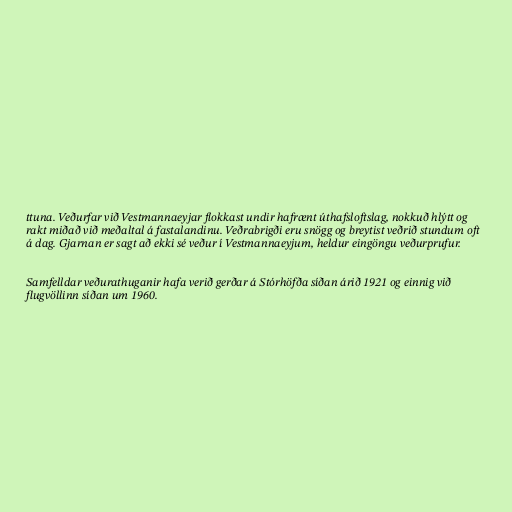
ttuna. Veðurfar við Vestmannaeyjar flokkast undir hafrænt úthafsloftslag, nokkuð hlýtt og
rakt miðað við meðaltal á fastalandinu. Veðrabrigði eru snögg og breytist veðrið stundum oft
á dag. Gjarnan er sagt að ekki sé veður í Vestmannaeyjum, heldur eingöngu veðurprufur.

Samfelldar veðurathuganir hafa verið gerðar á Stórhöfða síðan árið 1921 og einnig við
flugvöllinn síðan um 1960.